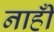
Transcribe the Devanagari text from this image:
नाहीँ